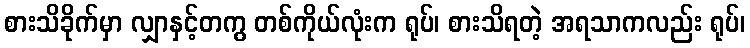
စားသိခိုက်မှာ လျှာနှင့်တကွ တစ်ကိုယ်လုံးက ရုပ်၊ စားသိရတဲ့ အရသာကလည်း ရုပ်၊